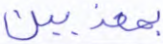
بمعذبين